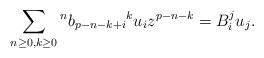
LaTeX: \begin{align*}\sum_{n\geq 0, k\geq 0} {^nb}_{p-n-k+i}{^ku}_iz^{p-n-k}=B_i^ju_j.\end{align*}